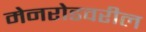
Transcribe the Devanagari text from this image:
मेनरोडवरील